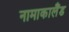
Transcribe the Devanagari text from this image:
नामाकालैंड